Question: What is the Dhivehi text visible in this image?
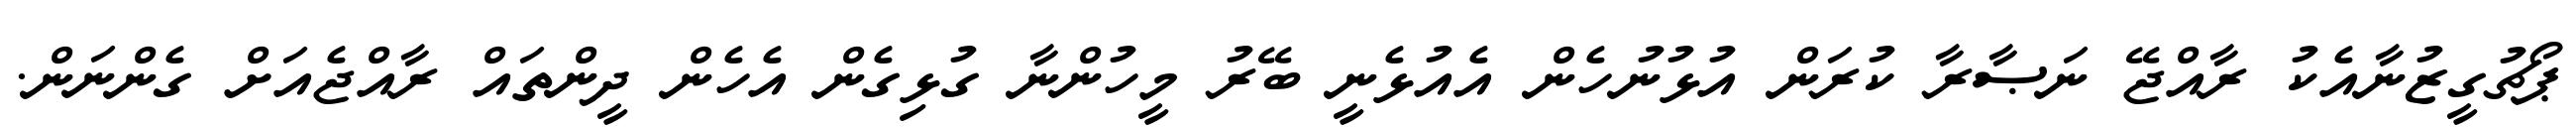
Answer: ޕޯޗުގީޒުނާއެކު ރާއްޖޭ ނަޞާރާ ކުރަން އުޅުނުހެން އެއުޅެނީ ބޭރު މީހުންނާ ގުޅިގެން އެހެން ދީންތައް ރާއްޖެއަށް ގެންނަން.